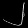
Digit: ၂